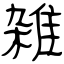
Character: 雑